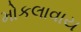
મોકલાવાય